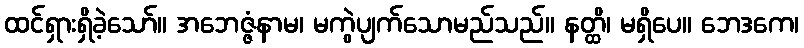
ထင်ရှားရှိခဲ့သော်။ အဘေဇ္ဇံနာမ၊ မကွဲပျက်သောမည်သည်။ နတ္ထိ၊ မရှိပေ။ ဘေဒကေ၊